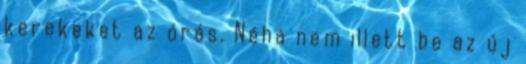
kerekeket az órás. Néha nem illett be az új